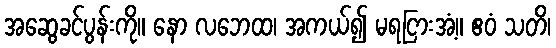
အဆွေခင်ပွန်းကို။ နော လဘေထ၊ အကယ်၍ မရငြားအံ့။ ဧဝံ သတိ၊